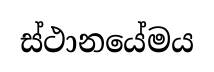
ස්ථානයේමය